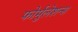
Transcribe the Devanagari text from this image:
फोर्मुलेशन्स